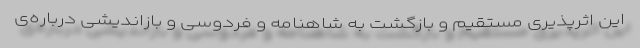
این اثرپذیری مستقیم و بازگشت به شاهنامه و فردوسی و بازاندیشی درباره‌ی